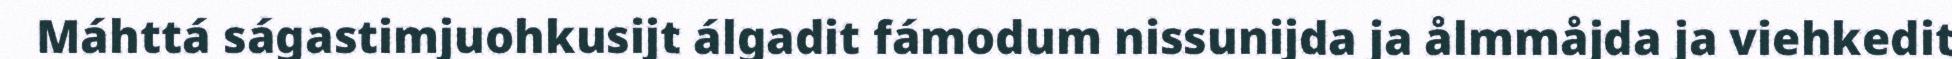
Máhttá ságastimjuohkusijt álgadit fámodum nissunijda ja ålmmåjda ja viehkedit